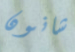
شانون